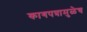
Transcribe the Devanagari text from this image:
कागपत्रामुळेच